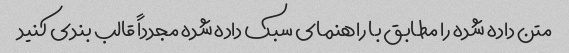
متن داده شده را مطابق با راهنمای سبک داده شده مجدداً قالب بندی کنید